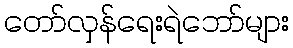
တော်လှန်ရေးရဲဘော်များ